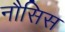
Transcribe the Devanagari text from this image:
नौसिस